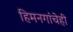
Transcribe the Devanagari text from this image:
हिमनगांचेही